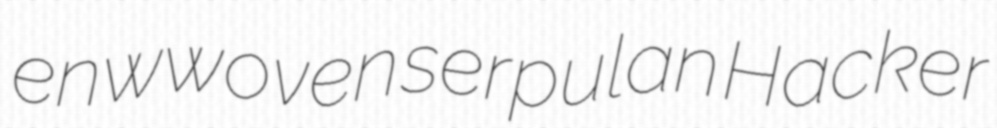
enwwoven serpulan Hacker